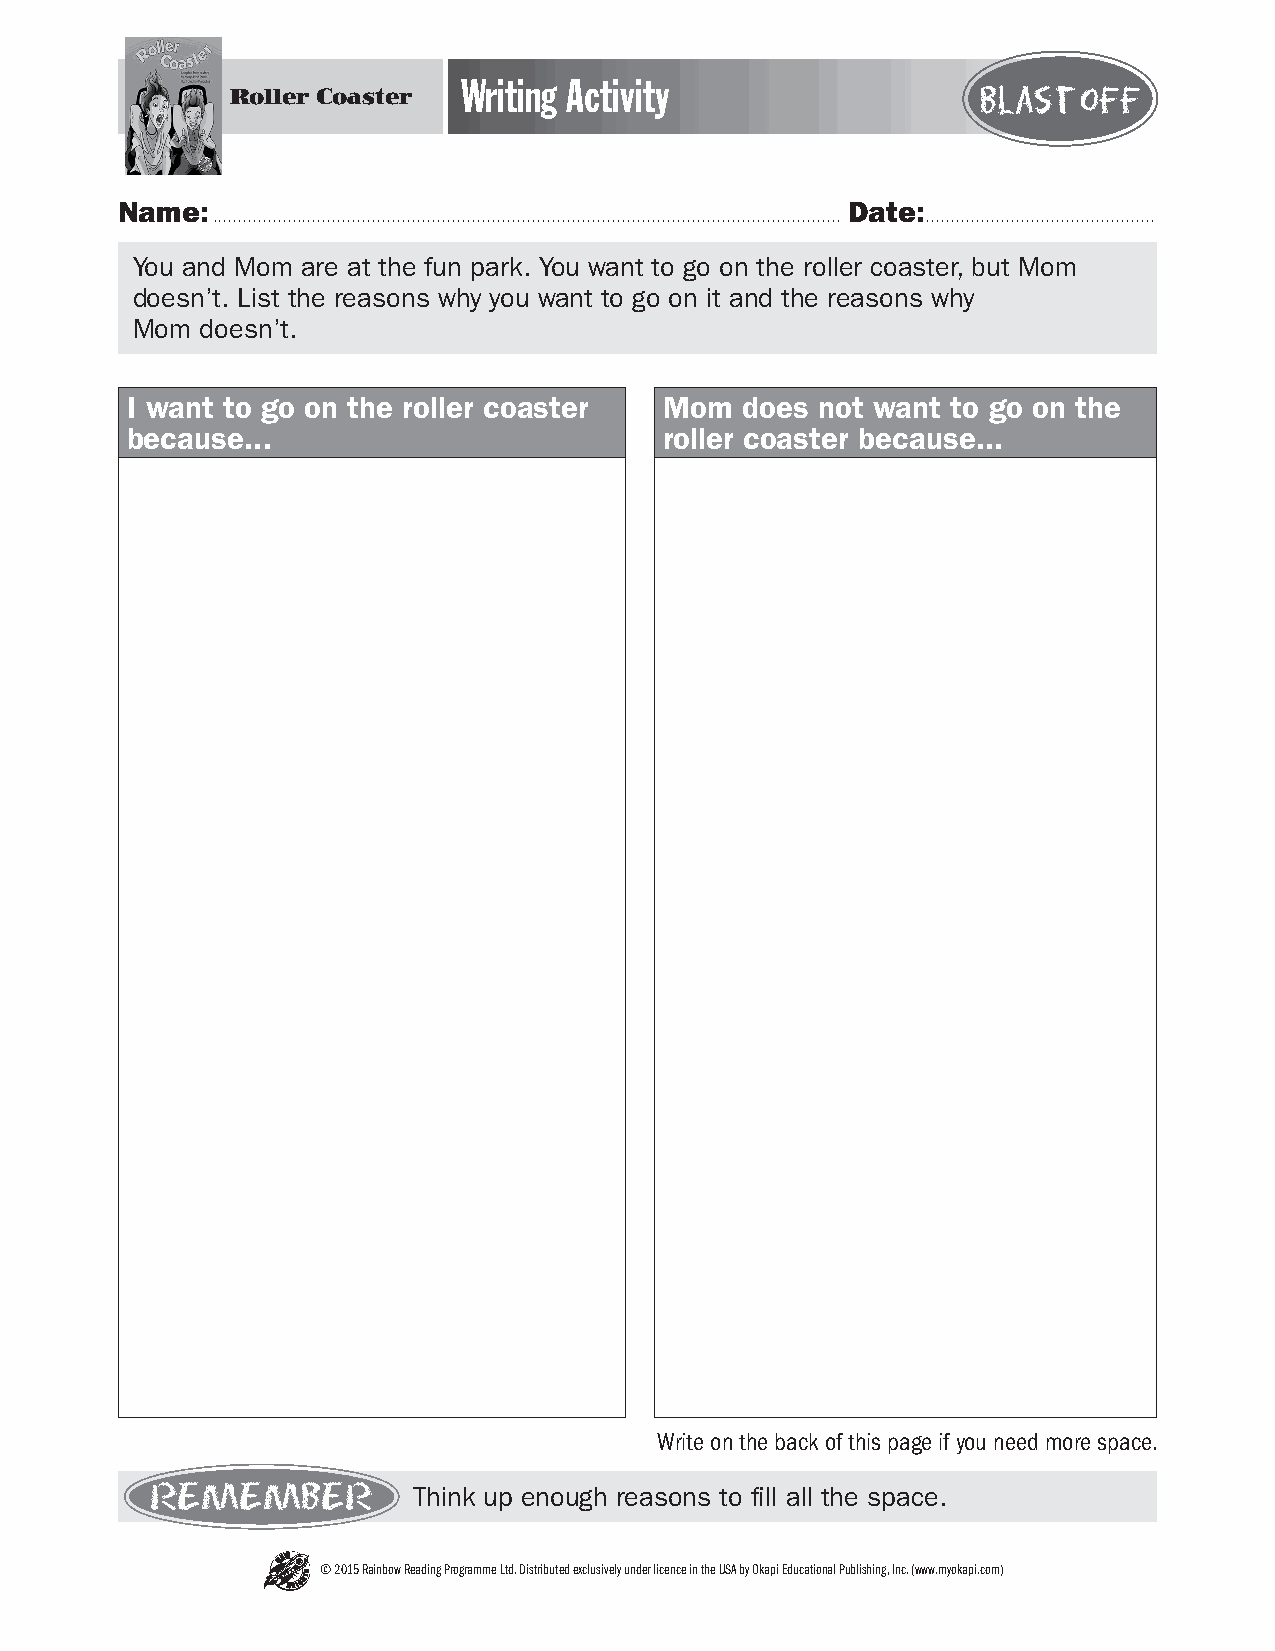
Writing Activity
 Roller Coaster                                    Blast off
 Name:                                           Date:
 .............................................................................................................................. ..............................................
 You and Mom are at the fun park. You want to go on the roller coaster, but Mom
 doesn’t. List the reasons why you want to go on it and the reasons why
 Mom doesn’t.
 I want to go on the roller coaster  Mom  does not want to go on the
 because...                          roller coaster because...
 Write on the back of this page if you need more space.
 REMEMBER         Think up enough reasons to fill all the space.
 © 2015 Rainbow Reading Programme Ltd. Distributed exclusively under licence in the USA by Okapi Educational Publishing, Inc. (www.myokapi.com)